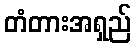
တံတားအရှည်